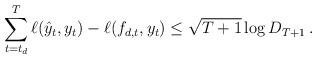
LaTeX: \begin{align*}\sum_{t=t_d}^T \ell(\hat y_t,y_t) - \ell(f_{d,t},y_t) \leq \sqrt{T+1} \log D_{T+1} \,.\end{align*}